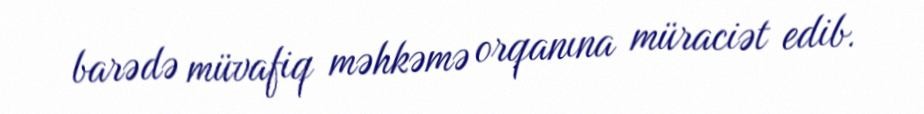
barədə müvafiq məhkəmə orqanına müraciət edib.